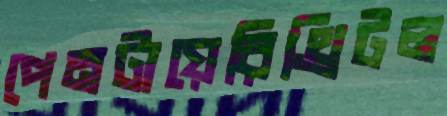
পেনটায়েরিথ্রিটল